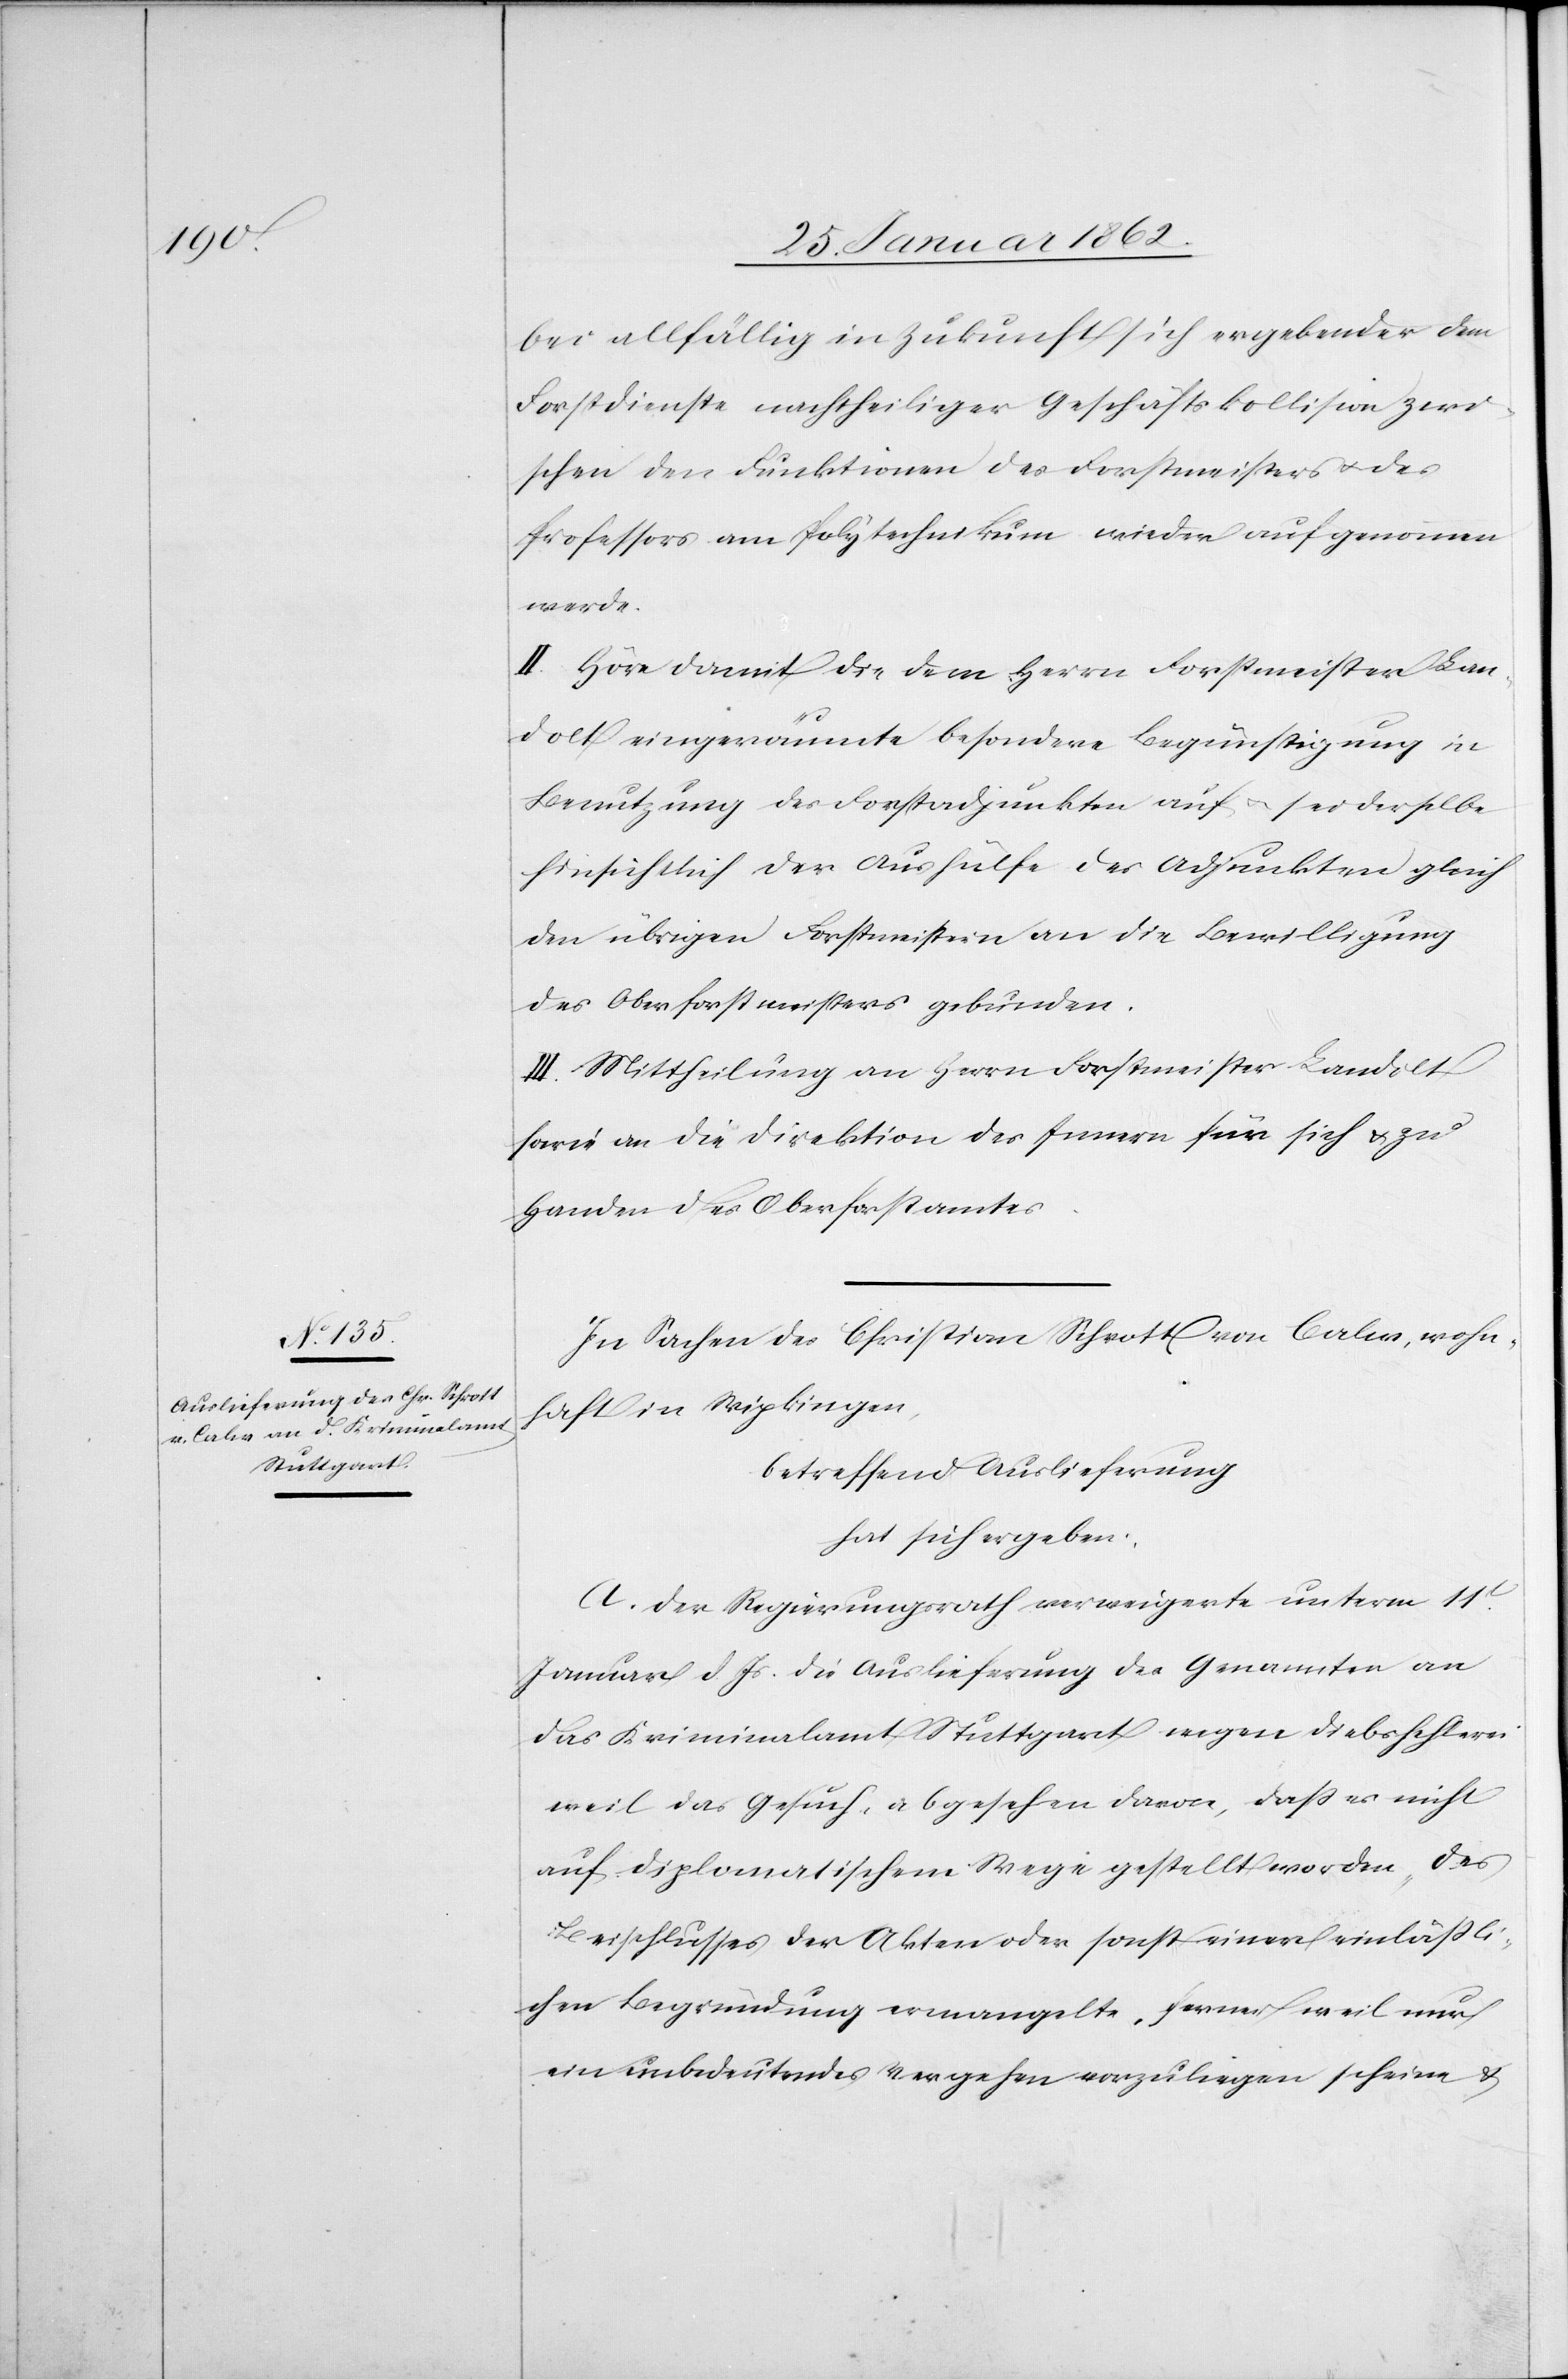
bei allfällig in Zukunft sich ergebender dem
Forstdienste nachtheiliger Geschäftskollision zwi¬
schen den Funktionen des Forstmeisters u. des
Professors am Polytechnikum wieder aufgenommen
werde.
II. Höre damit die dem Herrn Forstmeister Lan¬
dolt eingeräumte besondere Begünstigung in
Benutzung des Forstadjunkten auf u. sei derselbe
hinsichtlich der Aushülfe des Adjunkten gleich
den übrigen Forstmeistern an die Bewilligung
des Oberforstmeisters gebunden.
III. Mittheilung an Herrn Forstmeister Landolt
sowie an die Direktion des Innern für sich u. zu
Handen des Oberforstamtes.
In Sachen des Christian Schrott von Calw, wohn¬
haft in Wipkingen,
betreffend Auslieferung
hat sich ergeben:
A. Der Regierungsrath verweigerte unterm 11t.
Januar d. Js. die Auslieferung des Genannten an
das Kriminalamt Stuttgart wegen Diebshehlerei
weil das Gesuch, abgesehen davon, daß es nicht
auf diplomatischem Wege gestellt worden, des
Beischlusses der Akten oder sonst einer einläßli¬
chen Begründung ermangelte, ferner weil nur
ein unbedeutendes Vergehen vorzuliegen scheine &